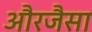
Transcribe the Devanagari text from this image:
औरजैसा